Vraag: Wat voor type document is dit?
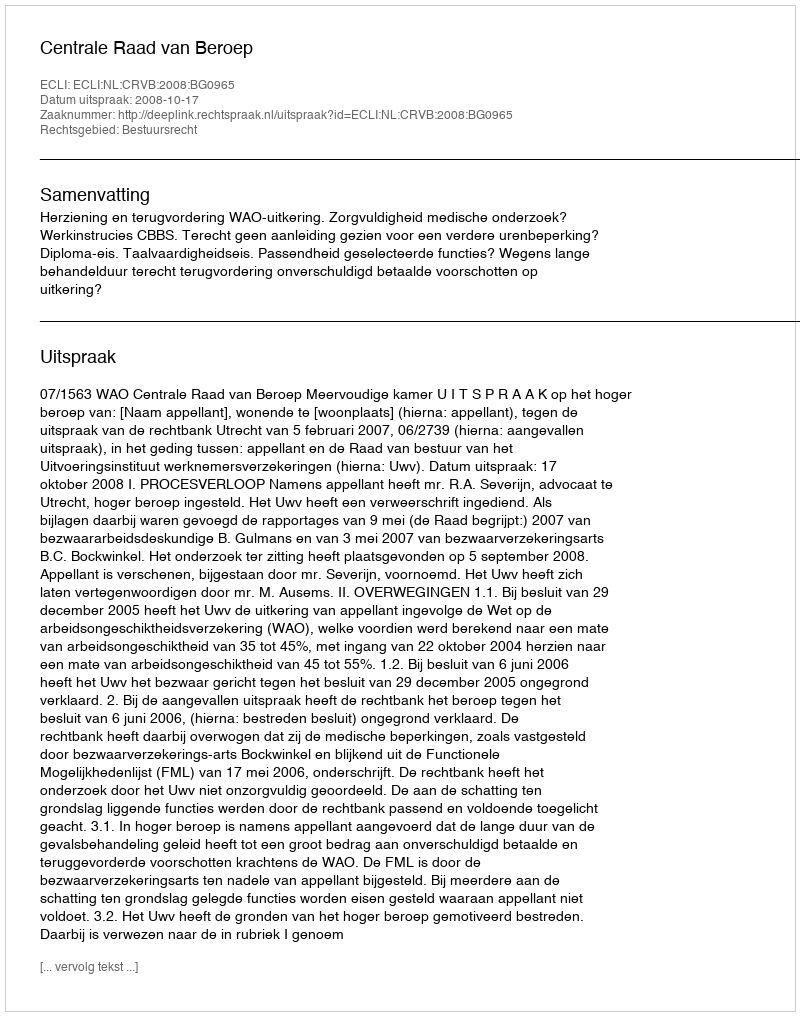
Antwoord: Uitspraak